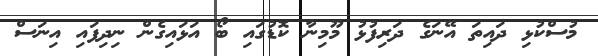
މުސްކުޅި ދައިތަ އޭނަގެ ދަރިފުޅު މޫމިނާ ކޮޑުގައި ބޯ އަޅައިގެން ނިދިފައި އިނަސް